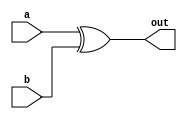
module xor2_19 (
    input a,
    input b,
    output reg out
  );
  
  
  
  always @* begin
    out = a ^ b;
  end
endmodule